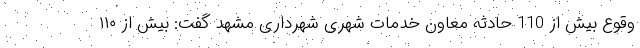
وقوع بیش از 110 حادثه معاون خدمات شهری شهرداری مشهد گفت: بیش از ١١٠